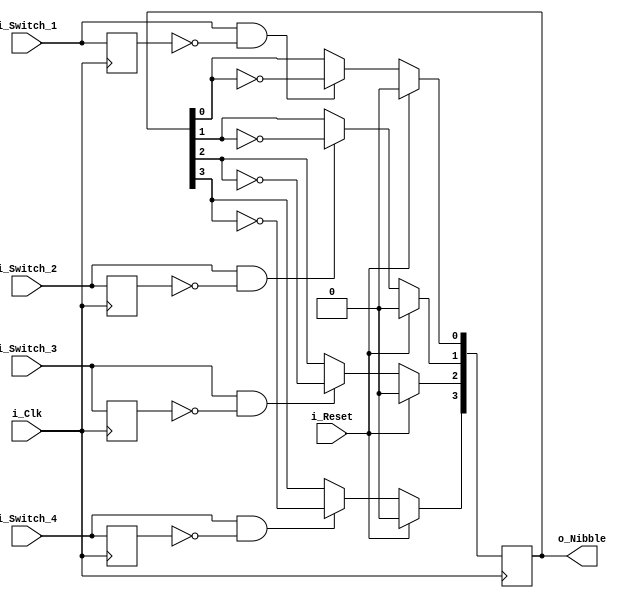
module Bit_Counter (
  input i_Clk,
  input i_Reset,
  input i_Switch_1,
  input i_Switch_2,
  input i_Switch_3,
  input i_Switch_4,
  output [3:0] o_Nibble
);

  reg r_Switch_1 = 1'b0;
  reg r_Switch_2 = 1'b0;
  reg r_Switch_3 = 1'b0;
  reg r_Switch_4 = 1'b0;
  reg [3:0] r_Nibble = 4'h0;

  always @(posedge i_Clk) begin
    r_Switch_1 <= i_Switch_1;
    r_Switch_2 <= i_Switch_2;
    r_Switch_3 <= i_Switch_3;
    r_Switch_4 <= i_Switch_4;

    if (i_Reset) begin
      r_Nibble <= 0;
    end else begin
      if ((i_Switch_1 == 1'b1) && (r_Switch_1 == 1'b0)) begin
        r_Nibble[0] <= ~r_Nibble[0];
      end

      if ((i_Switch_2 == 1'b1) && (r_Switch_2 == 1'b0)) begin
        r_Nibble[1] <= ~r_Nibble[1];
      end

      if ((i_Switch_3 == 1'b1) && (r_Switch_3 == 1'b0)) begin
        r_Nibble[2] <= ~r_Nibble[2];
      end

      if ((i_Switch_4 == 1'b1) && (r_Switch_4 == 1'b0)) begin
        r_Nibble[3] <= ~r_Nibble[3];
      end
    end
  end

  assign o_Nibble = r_Nibble;

endmodule